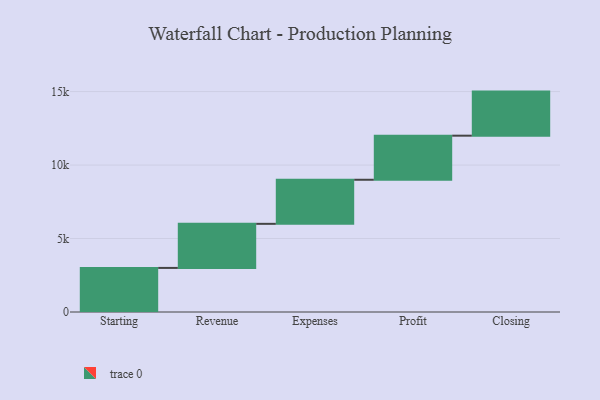
{"axis": {"x": "Step", "y": "Value"}, "legend": [""], "data": [{"x": "Starting", "y": 3000, "type": ""}, {"x": "Revenue", "y": 3000, "type": ""}, {"x": "Expenses", "y": 3000, "type": ""}, {"x": "Profit", "y": 3000, "type": ""}, {"x": "Closing", "y": 3000, "type": ""}]}